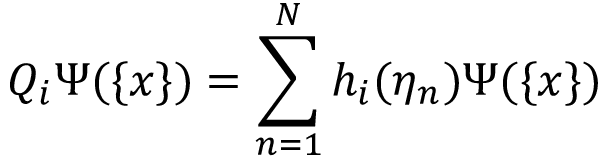
Q _ { i } \Psi ( \{ x \} ) = \sum _ { n = 1 } ^ { N } h _ { i } ( \eta _ { n } ) \Psi ( \{ x \} )